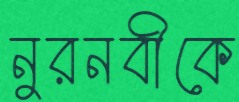
নুরনবীকে